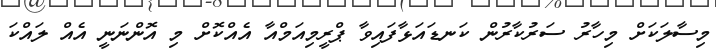
މިސާލަކަށް މިހާރު ސަރުކާރުން ކަނޑައަޅާފައިވާ ޕްރީމިއަމްއާ އެއްކޮށް މި އޮންނަނީ އެއް ލައްކަ